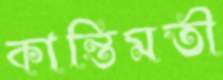
কান্তিমতী